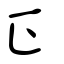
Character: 正